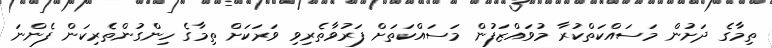
ތިމާގެ ދަށުން މަސައްކަތްކުރާ މުވައްޒަފުން މަސައްކަތަށް ފަރުވާތެރިވި ވަރަކަށް ތިމާގެ ހިންގުންތެރިކަން ފެންނަ